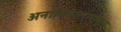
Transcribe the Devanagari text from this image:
अनादिकालापासून